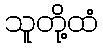
သူတို့ထံ